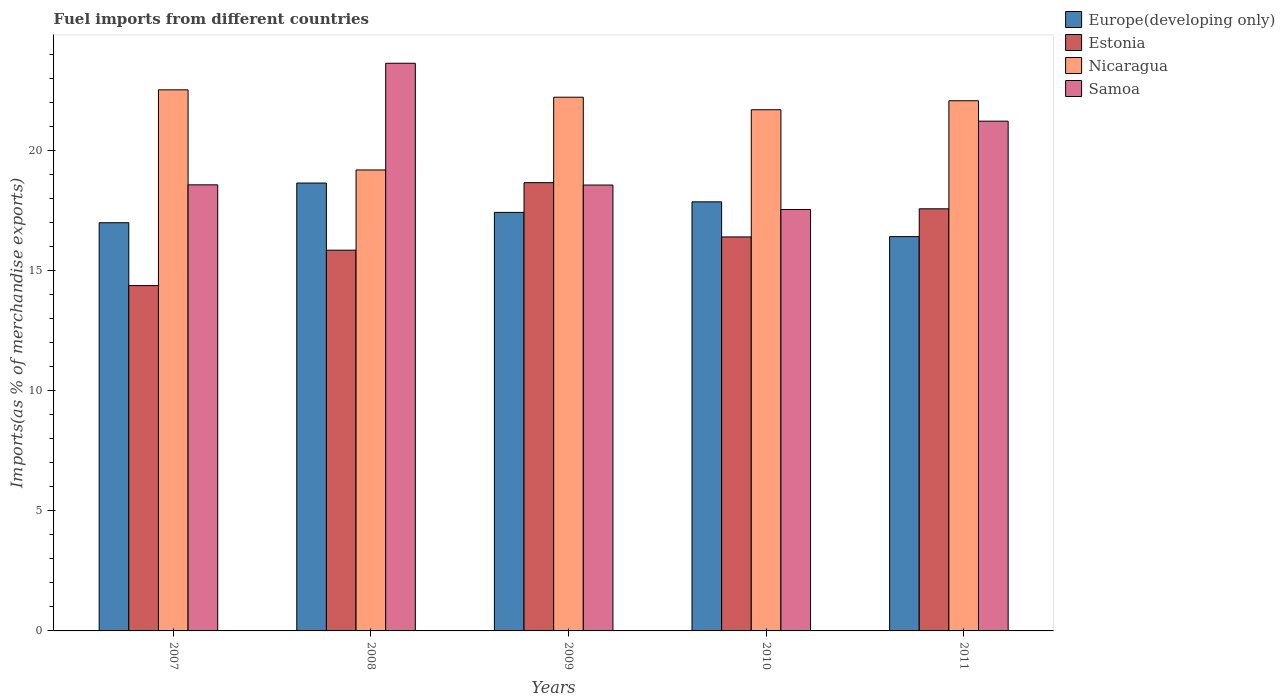
| Years | Europe(developing only) | Estonia | Nicaragua | Samoa |
 | --- | --- | --- | --- | --- |
 | 2007 | 17 | 14.4 | 22.5 | 18.6 |
 | 2008 | 18.7 | 15.9 | 19.2 | 23.6 |
 | 2009 | 17.4 | 18.7 | 22.2 | 18.6 |
 | 2010 | 17.9 | 16.4 | 21.7 | 17.6 |
 | 2011 | 16.4 | 17.6 | 22.1 | 21.2 |